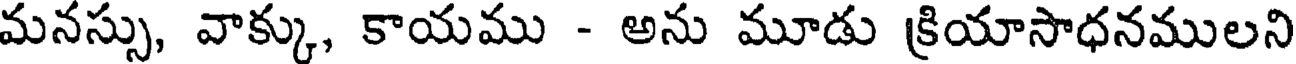
మనస్సు, వాక్కు, కాయము - అను మూడు క్రియాసాధనములని